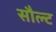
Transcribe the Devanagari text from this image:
सौल्ट